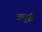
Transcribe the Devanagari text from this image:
अमुर्रू